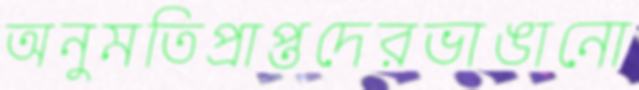
অনুমতিপ্রাপ্তদেরভাঙানো